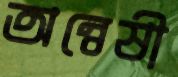
অন্বেষী